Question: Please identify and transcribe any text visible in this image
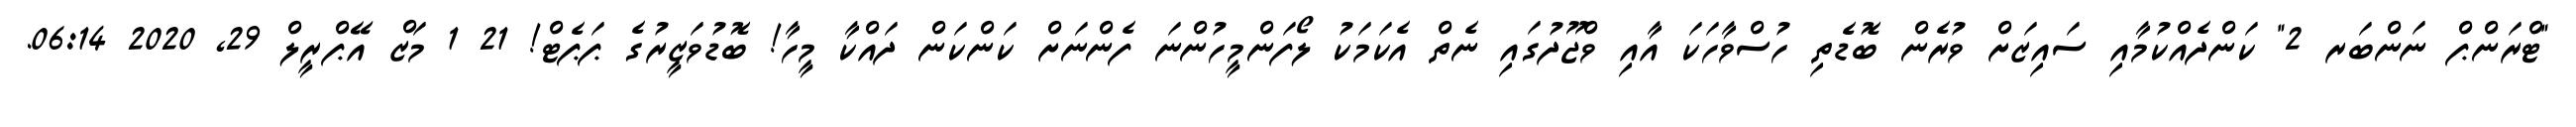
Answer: "ޓްރަންޕް ނަންބަރ 2" ކަންދެއްކުމާއި ސައިޒަށް ވުރެން ބޮޑެތި ހުސްވާހަކަ އާއި ވްޖޫދުގައި ނެތް އެކަމަކު ލޯފަންމީހުންނަ ފެންނަށް ކަންކަން ދައްކާ މީހާ! ބޮޑުވަޒީރުގެ ޕަޕެޓް! 21 1 މަޒް އޭޕްރީލް 29, 2020 06:14.